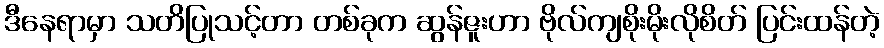
ဒီနေရာမှာ သတိပြုသင့်တာ တစ်ခုက ဆွန်ဇူးဟာ ဗိုလ်ကျစိုးမိုးလိုစိတ် ပြင်းထန်တဲ့